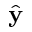
\hat { \bf y }